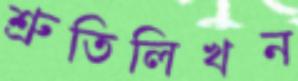
শ্রুতিলিখন